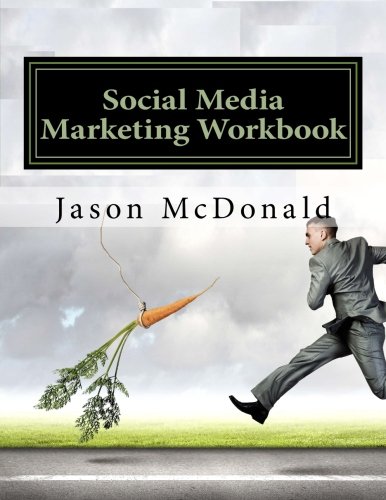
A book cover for Social Media Marketing Workbook: How to Use Social Media for Business; Jason McDonald Ph.D.; Computers & Technology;